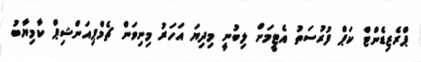
ޕްރެޒިޑެންޓް ކަޕް ފުރުސަތު އެޓީމަށް ލިބުނީ މިދިޔަ އަހަރު މިނިވަން ޗެމްޕިއަންޝިޕް ކާމިޔާބު